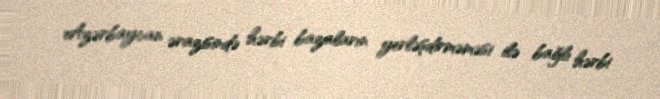
Azərbaycan ərazisində hərbi bazaların yerləşdirməməsi ilə bağlı hərbi